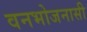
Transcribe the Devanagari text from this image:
वनभोजनासी